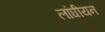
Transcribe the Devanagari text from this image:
लांघीयन